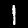
Digit: 1